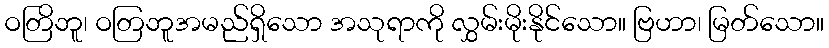
ဝတြိဘူ၊ ဝတြဘူအမည်ရှိသော အသုရာကို လွှမ်းမိုးနိုင်သော။ ဗြဟာ၊ မြတ်သော။